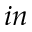
i n